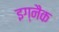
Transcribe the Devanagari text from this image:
इग्नैक